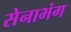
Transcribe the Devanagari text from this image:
सेनाभंग